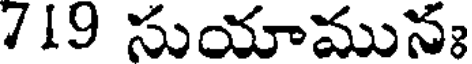
719 సుయామునః